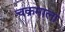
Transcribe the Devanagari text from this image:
चक्रमाला